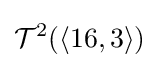
{\mathcal {T}}^{2}(\langle 16,3\rangle )